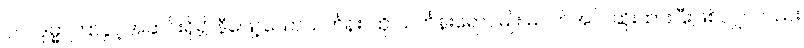
၇။ ပဒုမ္မာကြာပွင့်အဆင်းရှိ၍ နီဖြော့သောသင်္ကန်း၊ ထို သင်္ကန်းရောင်မျိုး မဝတ်အပ်၊ ဆိုးထားပြီးဖြစ်လျှင်လည်း